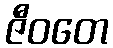
ဇီဝတေ